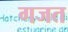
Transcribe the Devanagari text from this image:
गजत